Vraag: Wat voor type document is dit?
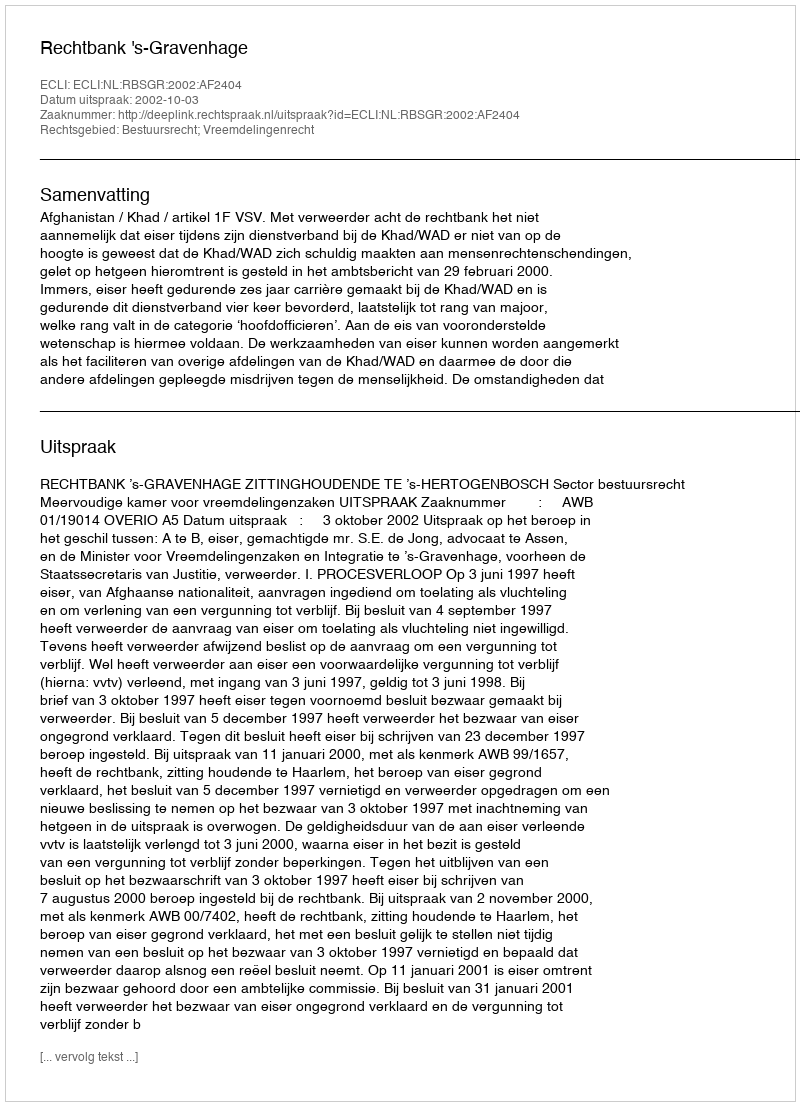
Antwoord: Uitspraak